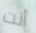
أنت